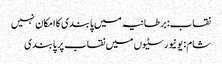
نقاب: برطانیہ میں پابندی کا امکان نہیں
شام: یونیورسٹیوں میں نقاب پر پابندی